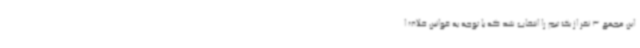
این مجمع 3 نفر از یک تیم را انتخاب شد که با توجه به قوانین خلاف ا